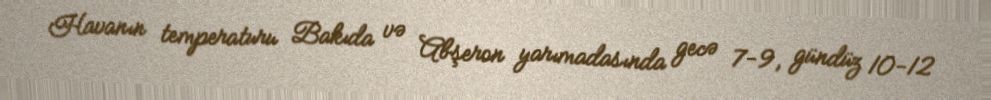
Havanın temperaturu Bakıda və Abşeron yarımadasında gecə 7-9, gündüz 10-12